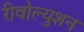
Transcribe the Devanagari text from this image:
रीवोल्युशन